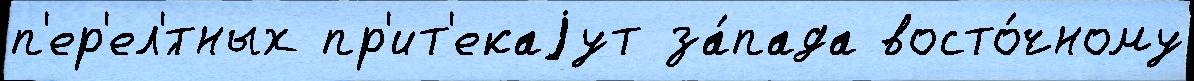
п'ер'ел'́тных пр'ит'екаjут за́пада восто́чному